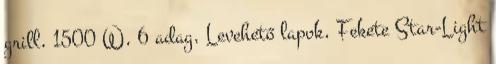
grill, 1500 W, 6 adag, Levehető lapok, Fekete Star-Light